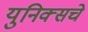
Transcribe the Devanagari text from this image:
युनिक्सचे